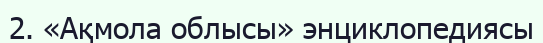
2. «Ақмола облысы» энциклопедиясы